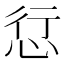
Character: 𢙡